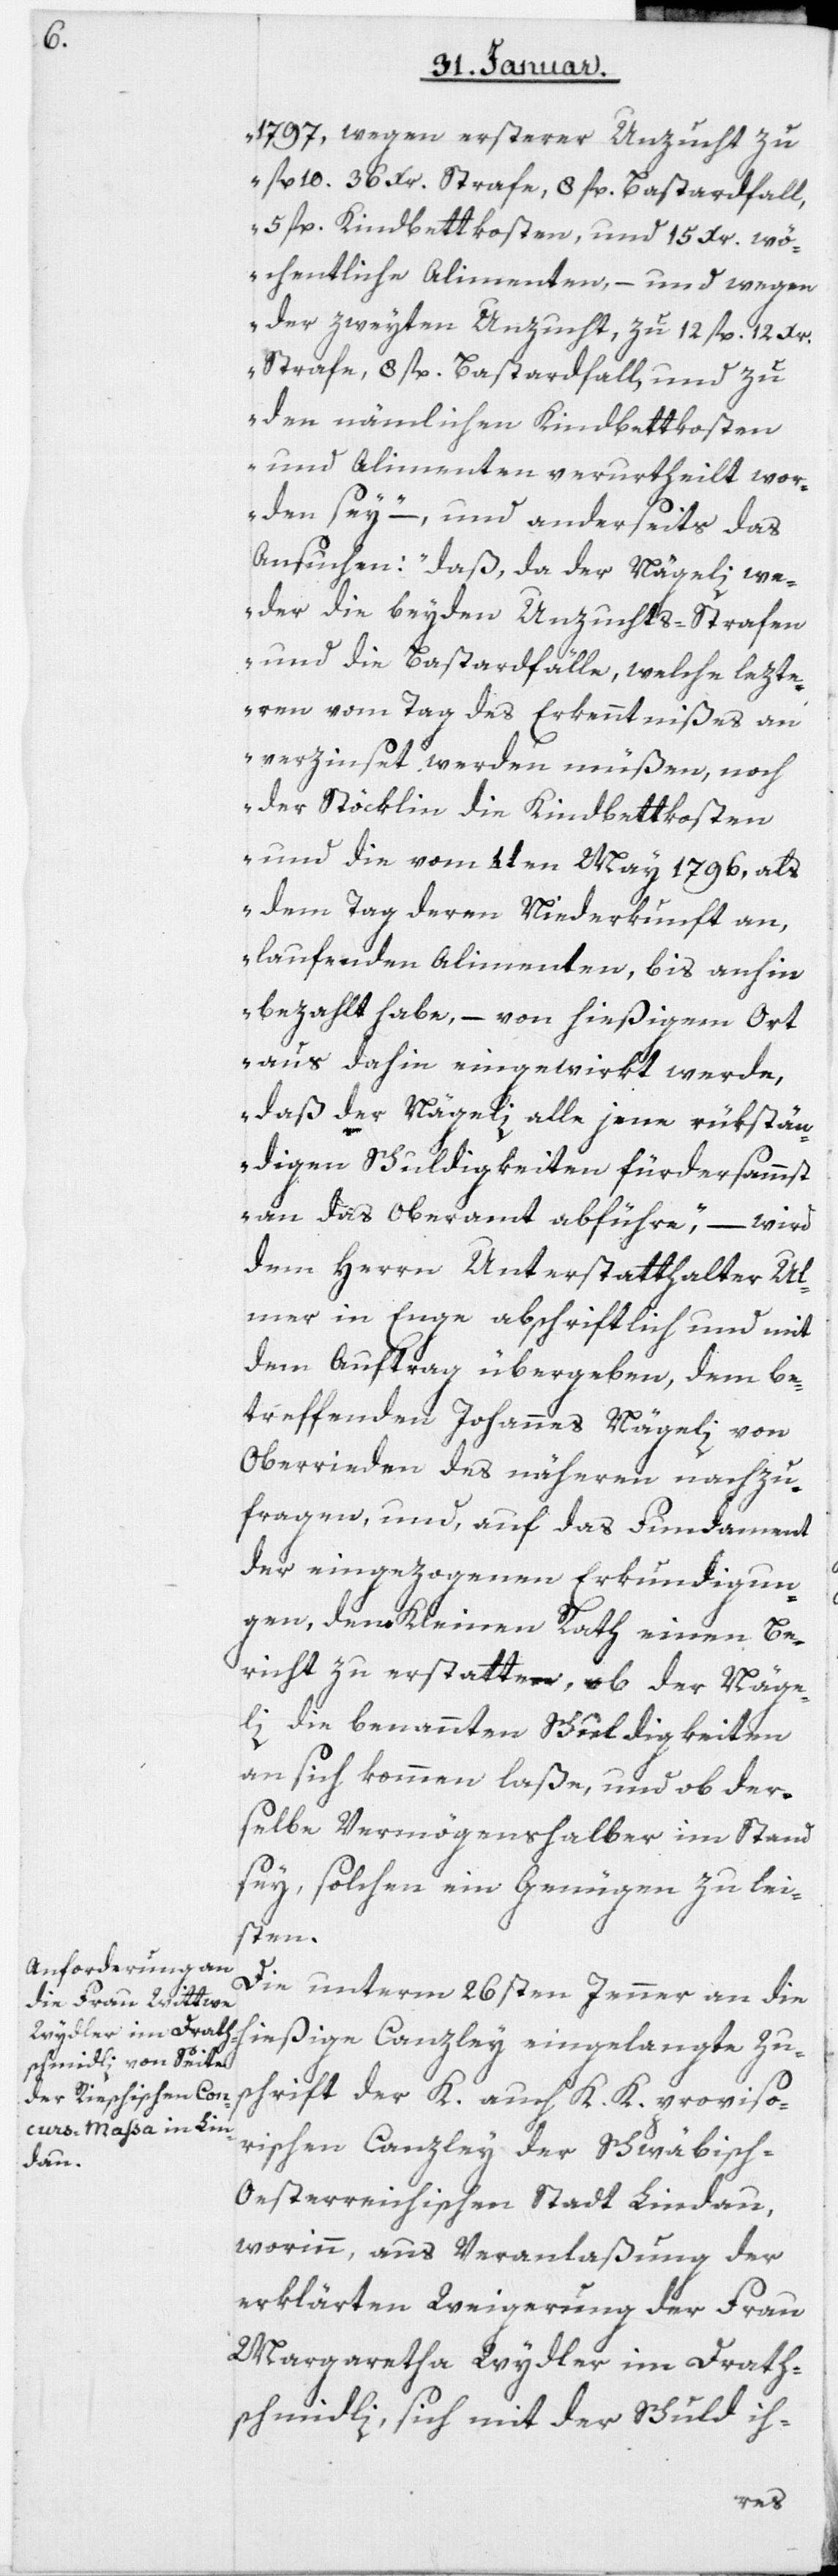
1797, wegen ersterer Unzucht zu
fl 10. 36 Xr. Strafe, 8 fl. Bastardfall,
5 fl. Kindbettkosten, und 15 Xr. wö¬
chentliche Alimenten, – und wegen
der zweyten Unzucht, zu 12 fl. 12 Xr.
Strafe, 8 fl. Bastardfall, und zu
den nämmlichen Kindbettkosten
und Alimenten verurtheilt wor¬
den sey“ – und anderseits das
Ansuchen: „daß, da der Nägeli we¬
der die beyden Unzuchts-Strafen
und die Bastardfälle, welche letzte¬
ren vom Tag des Erkenntnißes an
verzinset werden müßen, noch
der Stöcklin die Kindbettkosten
und die vom 4ten May 1796, als
dem Tag deren Niederkunft an,
laufenden Alimenten, bis anhin
bezahlt habe, – von hießigem Ort
aus dahin eingewirkt werde,
daß der Nägeli alle jene rükstän¬
digen Schuldigkeiten fürdersammst
an das Oberamt abführe,“ – wird
dem Herrn Unterstatthalter Ul¬
mer in Enge abschriftlich und mit
dem Auftrag übergeben, dem be¬
treffenden Johannes Nägeli von
Oberrieden des näheren nachzu¬
fragen, und, auf das Fundament
der eingezogenen Erkundigun¬
gen, dem Kleinen Rath einen Be¬
richt zu erstatten, ob der Näge¬
li die benannten Schuldigkeiten
an sich kommen laße, und ob der¬
selbe Vermögenshalber im Stand
sey, solchen ein Genügen zu lei¬
sten.
Die unterm 26sten Jenner an die
hießige Canzley eingelangte Zu¬
schrift der K. auch K. K. proviso¬
rischen Canzley der Schwäbisch-O¬
esterreichischen Stadt Lindau,
worinn, aus Veranlaßung der
erklärten Weigerung der Frau
Margaretha Wydler im Drath¬
schmidli, sich mit der Schuld ih-